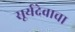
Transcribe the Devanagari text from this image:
सूर्यदेवाचा